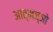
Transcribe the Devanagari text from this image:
आत्मज्ञो